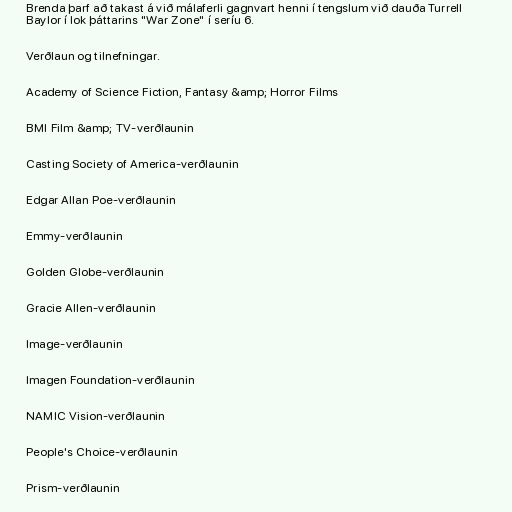
Brenda þarf að takast á við málaferli gagnvart henni í tengslum við dauða Turrell
Baylor í lok þáttarins "War Zone" í seríu 6.

Verðlaun og tilnefningar.

Academy of Science Fiction, Fantasy &amp; Horror Films

BMI Film &amp; TV-verðlaunin

Casting Society of America-verðlaunin

Edgar Allan Poe-verðlaunin

Emmy-verðlaunin

Golden Globe-verðlaunin

Gracie Allen-verðlaunin

Image-verðlaunin

Imagen Foundation-verðlaunin

NAMIC Vision-verðlaunin

People's Choice-verðlaunin

Prism-verðlaunin